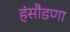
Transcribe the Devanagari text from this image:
हंसौडणा